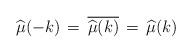
LaTeX: \begin{align*} \widehat{\mu} (-k) \, = \, \overline{\widehat{\mu} (k)} \, = \, \widehat{\mu} (k)\end{align*}